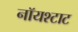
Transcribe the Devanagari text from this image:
नॉयश्टाट